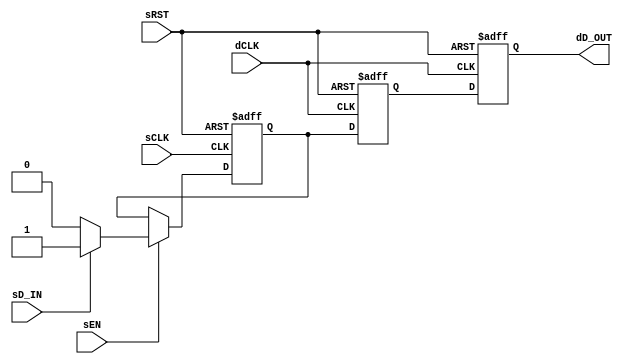

`ifdef BSV_ASSIGNMENT_DELAY
`else
  `define BSV_ASSIGNMENT_DELAY
`endif

`ifdef BSV_POSITIVE_RESET
  `define BSV_RESET_VALUE 1'b1
  `define BSV_RESET_EDGE posedge
`else
  `define BSV_RESET_VALUE 1'b0
  `define BSV_RESET_EDGE negedge
`endif



// A one bit data synchronization module, where data is synchronized
// by passing through 2 registers of the destination clock
module SyncBit (
                sCLK,
                sRST,
                dCLK,
                sEN,
                sD_IN,
                dD_OUT
                );
   parameter init = 1'b0;       // initial value for all registers

   // Signals on source clock (sCLK)
   input     sCLK;
   input     sRST;
   input     sEN;
   input     sD_IN;

   // Signals on destination clock (dCLK)
   input     dCLK;
   output    dD_OUT;

   reg       sSyncReg;
   reg       dSyncReg1, dSyncReg2;

   assign    dD_OUT = dSyncReg2 ;

   always @(posedge sCLK or `BSV_RESET_EDGE sRST)
      begin
         if (sRST == `BSV_RESET_VALUE)
            begin
               sSyncReg <= `BSV_ASSIGNMENT_DELAY init ;
            end // if (sRST == `BSV_RESET_VALUE)
         else
            begin
               if ( sEN )
                 begin
                    sSyncReg <= `BSV_ASSIGNMENT_DELAY (sD_IN == 1'b1) ? 1'b1 : 1'b0  ;
                 end // if ( sEN )
            end // else: !if(sRST == `BSV_RESET_VALUE)
      end // always @ (posedge sCLK or `BSV_RESET_EDGE sRST)

   always @(posedge dCLK or `BSV_RESET_EDGE sRST)
      begin
         if (sRST == `BSV_RESET_VALUE)
            begin
               dSyncReg1 <= `BSV_ASSIGNMENT_DELAY init ;
               dSyncReg2 <= `BSV_ASSIGNMENT_DELAY init ;
            end // if (sRST == `BSV_RESET_VALUE)
         else
            begin
               dSyncReg1 <= `BSV_ASSIGNMENT_DELAY sSyncReg ; // clock domain crossing
               dSyncReg2 <= `BSV_ASSIGNMENT_DELAY dSyncReg1 ;
            end // else: !if(sRST == `BSV_RESET_VALUE)
      end // always @ (posedge dCLK or `BSV_RESET_EDGE sRST)


`ifdef BSV_NO_INITIAL_BLOCKS
`else // not BSV_NO_INITIAL_BLOCKS
   // synopsys translate_off
   initial
      begin
         sSyncReg  = init ;
         dSyncReg1 = init ;
         dSyncReg2 = init ;
      end // initial begin
   // synopsys translate_on
`endif // BSV_NO_INITIAL_BLOCKS

endmodule // BitSync